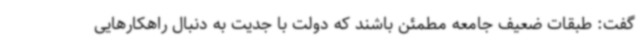
گفت: طبقات ضعیف جامعه مطمئن باشند که دولت با جدیت به دنبال راهکارهایی